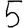
Digit: 5